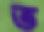
ত